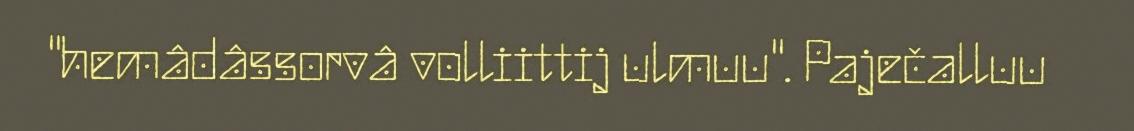
"hemâdâssorvâ volliittij ulmuu". Paječalluu